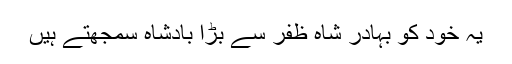
یہ خود کو بہادر شاہ ظفر سے بڑا بادشاہ سمجھتے ہیں